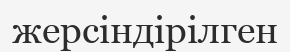
жерсіндірілген